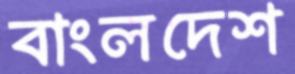
বাংলদেশ